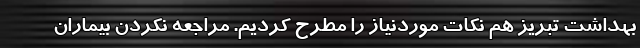
بهداشت تبریز هم نکات موردنیاز را مطرح کردیم. مراجعه نکردن بیماران